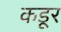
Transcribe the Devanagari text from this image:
कडूर